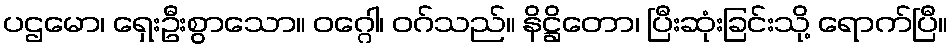
ပဌမော၊ ရှေးဦးစွာသော။ ဝဂ္ဂေါ၊ ဝဂ်သည်။ နိဋ္ဌိတော၊ ပြီးဆုံးခြင်းသို့ ရောက်ပြီ။